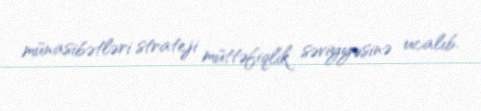
münasibətləri strateji müttəfiqlik səviyyəsinə ucalıb.